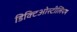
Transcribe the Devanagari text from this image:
डिक्टिओस्टीलियम